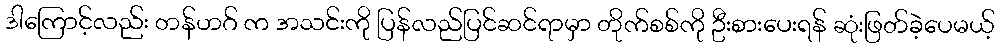
ဒါကြောင့်လည်း တန်ဟဂ် က အသင်းကို ပြန်လည်ပြင်ဆင်ရာမှာ တိုက်စစ်ကို ဦးစားပေးရန် ဆုံးဖြတ်ခဲ့ပေမယ့်